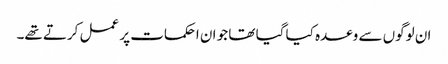
ان لوگوں سے وعدہ کیا گیا تھا جو ان احکمات پر عمل کرتے تھے۔